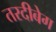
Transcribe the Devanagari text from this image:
तरदीबेग